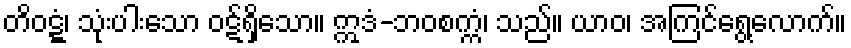
တိဝဋ္ဋံ၊ သုံးပါးသော ဝဋ်ရှိသော။ ဣဒံ-ဘဝစက္ကံ၊ သည်။ ယာဝ၊ အကြင်ရွေ့လောက်။